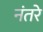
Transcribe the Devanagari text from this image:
नंतरे